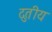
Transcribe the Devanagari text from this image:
दुतीय